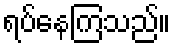
ရပ်နေကြသည်။